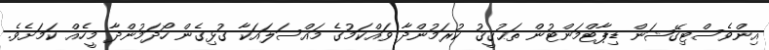
އިންވެސްޓިގޭޝަން ޑިޕާޓްމަންޓުން ތަޙުޤީޤު ކުރަމުންދާ ވައްކަމުގެ މައްސަލައަކާ ގުޅިގެން ހޯދަމުންދާ މީހެއް ކަމަށެވެ.